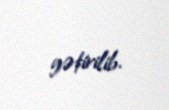
gətirilib.